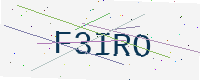
Text: F3IRO